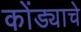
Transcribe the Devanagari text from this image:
कोंड्याचे